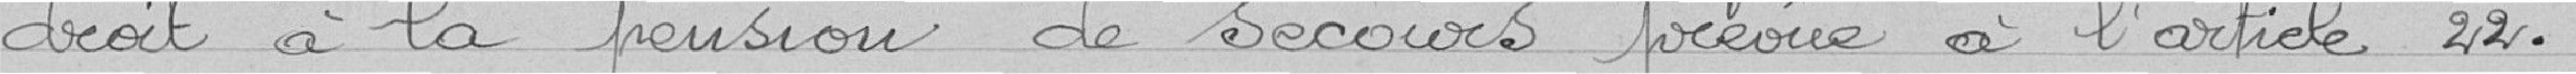
à la pension de secours prévue à l'article 22.